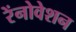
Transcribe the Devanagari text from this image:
रेंनोवेशन